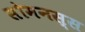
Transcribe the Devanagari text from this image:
सोमनस्स